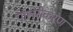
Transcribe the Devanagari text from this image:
पोलरीकरण